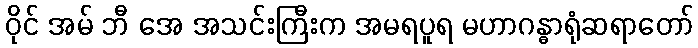
ဝိုင် အမ် ဘီ အေ အသင်းကြီးက အမရပူရ မဟာဂန္ဓာရုံဆရာတော်